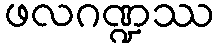
ဖလဂဏ္ဍဿ